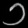
Digit: ၁